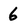
Character: 6